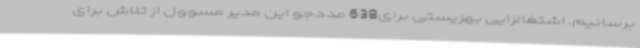
برسانیم. اشتغالزایی بهزیستی برای638 مددجو این مدیر مسوول از تلاش برای